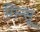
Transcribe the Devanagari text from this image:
गिन्सू